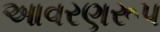
આવરણરૂપ